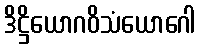
ဒိဋ္ဌိယောဂဝိသံယောဂေါ